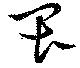
畏